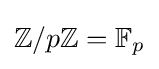
\mathbb {Z} /p\mathbb {Z} =\mathbb {F} _{p}